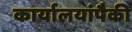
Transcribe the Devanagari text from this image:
कार्यालयांपैकी